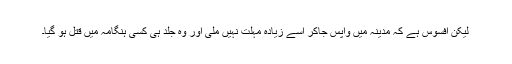
لیکن افسوس ہے کہ مدینہ میں واپس جاکر اسے زیادہ مہلت نہیں ملی اور وہ جلد ہی کسی ہنگامہ میں قتل ہو گیا۔